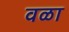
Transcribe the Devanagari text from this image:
वळा